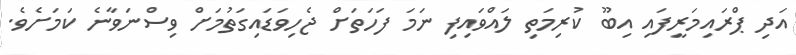
އަދި ޕްރައިމަރީފައި އިބޫ ކުރިމަތި ލައްވައިފި ނަމަ ފަހަތަށް ޖެހިވަޑައިގަތުމަށް ވިސްނަވާނެ ކަމަށެވެ.